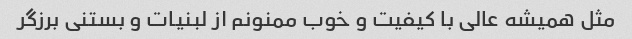
مثل همیشه عالی با کیفیت و خوب ممنونم از لبنیات و بستنی برزگر